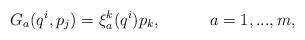
LaTeX: \begin{align*}G_a(q^i,p_j)=\xi^k_a(q^i)p_k, ~~~~~~~~~a=1,...,m,\end{align*}